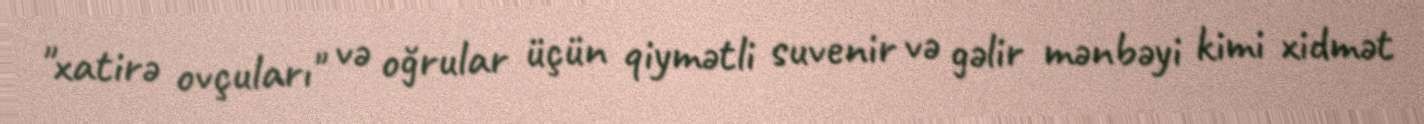
"xatirə ovçuları" və oğrular üçün qiymətli suvenir və gəlir mənbəyi kimi xidmət